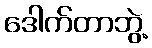
ဒေါက်တာဘွဲ့